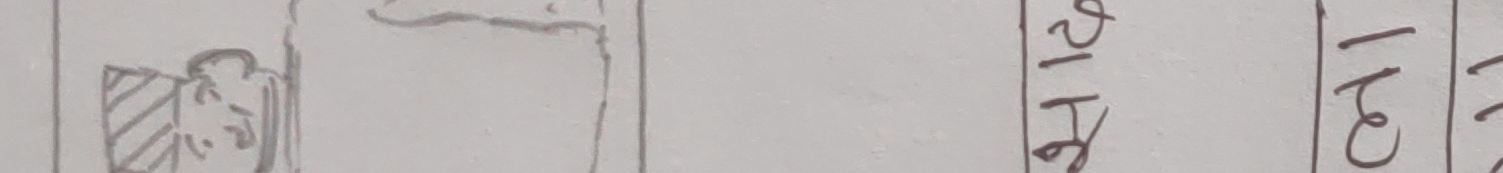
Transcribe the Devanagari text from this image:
छाती २।